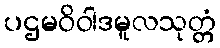
ပဌမဝိဝါဒမူလသုတ္တံ